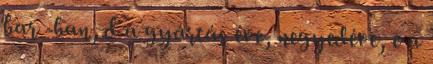
bar -ban, d a gyártás éve, negyedéve, e a